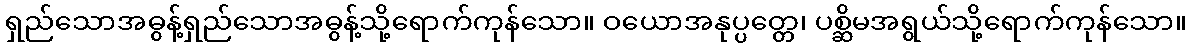
ရှည်သောအဓွန့်ရှည်သောအဓွန့်သို့ရောက်ကုန်သော။ ဝယောအနုပ္ပတ္တေ၊ ပစ္ဆိမအရွယ်သို့ရောက်ကုန်သော။